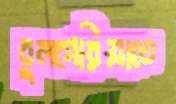
বুলগেরিয়াতে